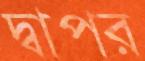
দ্বাপর